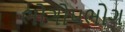
ભોગોપભોગ